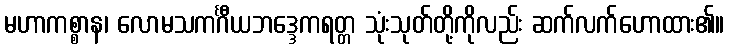
မဟာကစ္စာန၊ လောမသကင်္ဂီယဘဒ္ဒေကရတ္တ သုံးသုတ်တို့ကိုလည်း ဆက်လက်ဟောထား၏။